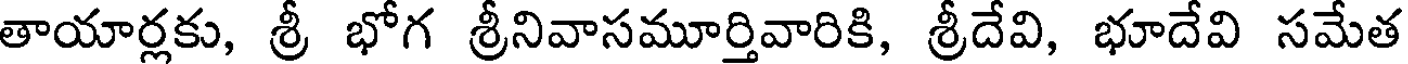
తాయార్లకు, శ్రీ భోగ శ్రీనివాసమూర్తివారికి, శ్రీదేవి, భూదేవి సమేత